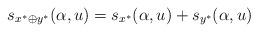
LaTeX: \begin{align*}s_{x^*\oplus y^*}(\alpha,u)=s_{x^*}(\alpha,u)+s_{y^*}(\alpha,u)\end{align*}